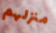
منزلهم